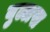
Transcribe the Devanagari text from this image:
बुल्लस